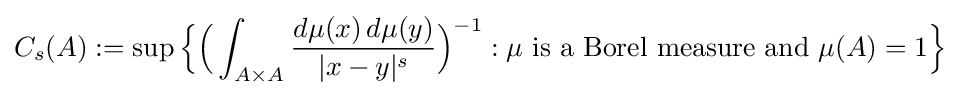
C_{s}(A):=\sup {\Bigl \{}{\Bigl (}\int _{A\times A}{\frac {d\mu (x)\,d\mu (y)}{|x-y|^{s}}}{\Bigr )}^{-1}:\mu {\text{ is a Borel measure and }}\mu (A)=1{\Bigr \}}